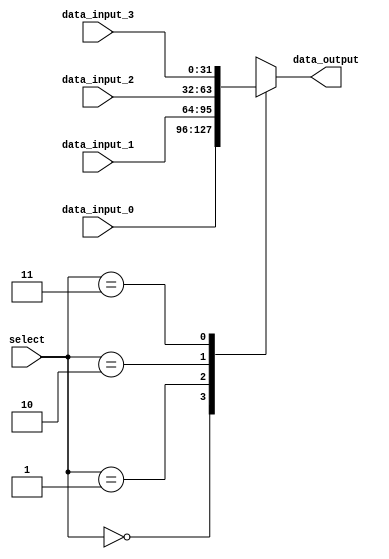
module mux4to1 (
  input wire [31:0] data_input_0,
  input wire [31:0] data_input_1,
  input wire [31:0] data_input_2,
  input wire [31:0] data_input_3,
  input wire [1:0] select,
  output reg [31:0] data_output
);

always @(*) begin
  case (select)
    2'b00: data_output = data_input_0;
    2'b01: data_output = data_input_1;
    2'b10: data_output = data_input_2;
    2'b11: data_output = data_input_3;
    default: data_output = 32'bx; 
  endcase
end

endmodule